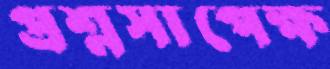
প্রশ্নসাপেক্ষ